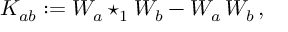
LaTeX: K _ { a b } : = { \cal W } _ { a } \star _ { 1 } { \cal W } _ { b } - { \cal W } _ { a } \, { \cal W } _ { b } \, ,